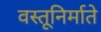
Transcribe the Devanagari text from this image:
वस्तूनिर्माते